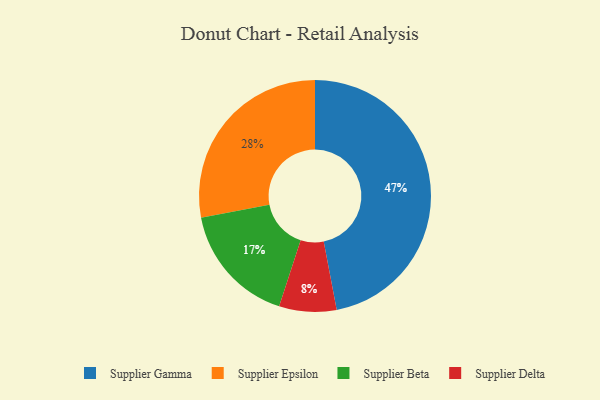
{"axis": {"x": "Category", "y": "Percentage"}, "legend": ["Supplier Beta", "Supplier Delta", "Supplier Epsilon", "Supplier Gamma"], "data": [{"x": "Supplier Epsilon", "y": 28, "type": "Supplier Epsilon"}, {"x": "Supplier Gamma", "y": 47, "type": "Supplier Gamma"}, {"x": "Supplier Beta", "y": 17, "type": "Supplier Beta"}, {"x": "Supplier Delta", "y": 8, "type": "Supplier Delta"}]}